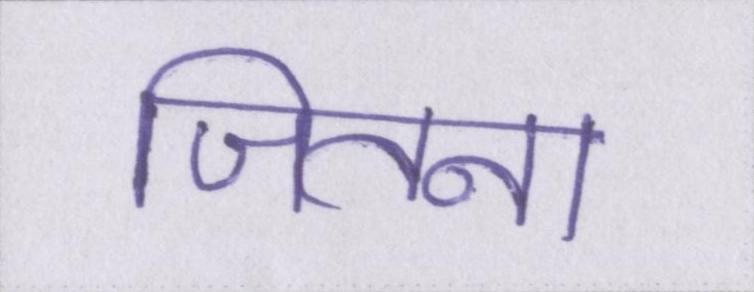
जितना